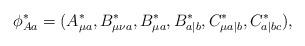
LaTeX: \begin{align*}\phi_{Aa}^\ast=(A_{\mu a}^\ast,B_{\mu\nu a}^\ast,B_{\mu a}^\ast, B_{a|b}^\ast,C_{\mu a|b}^\ast,C_{a|bc}^\ast),\end{align*}